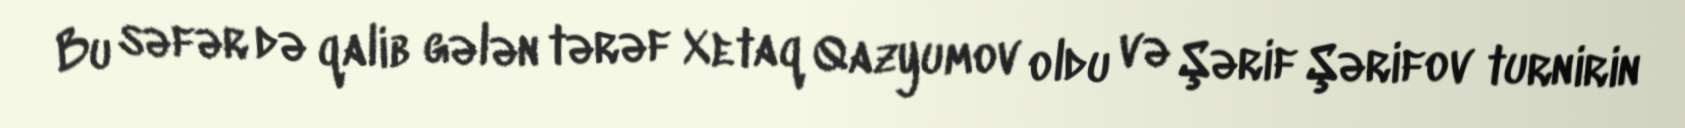
Bu səfər də qalib gələn tərəf Xetaq Qazyumov oldu və Şərif Şərifov turnirin